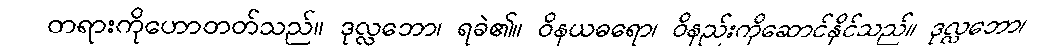
တရားကိုဟောတတ်သည်။ ဒုလ္လဘော၊ ရခဲ၏။ ဝိနယဓရော၊ ဝိနည်းကိုဆောင်နိုင်သည်။ ဒုလ္လဘော၊